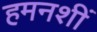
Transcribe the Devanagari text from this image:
हमनशीं